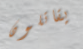
يقاتلون